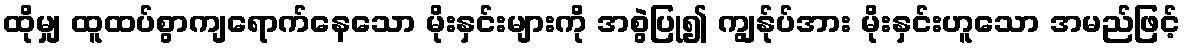
ထိုမျှ ထူထပ်စွာကျရောက်နေသော မိုးနှင်းများကို အစွဲပြု၍ ကျွန်ုပ်အား မိုးနှင်းဟူသော အမည်ဖြင့်